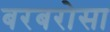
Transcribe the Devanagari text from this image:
बरबरोसा